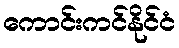
ကောင်းကင်နိုင်ငံ